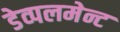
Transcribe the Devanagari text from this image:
डेव्पलमेन्ट